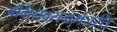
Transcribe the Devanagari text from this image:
अभिनवरागमंजरी।